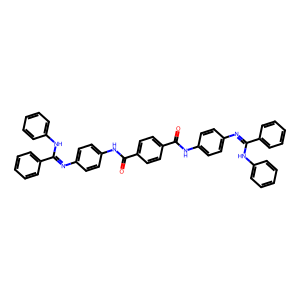
SMILES: O=C(Nc1ccc(N=C(Nc2ccccc2)c2ccccc2)cc1)c1ccc(C(=O)Nc2ccc(N=C(Nc3ccccc3)c3ccccc3)cc2)cc1
Inhibits HIV replication: No